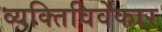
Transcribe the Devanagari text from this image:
व्यक्तिविवेकार